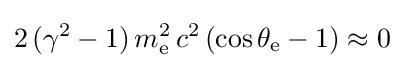
2\,(\gamma ^{2}-1)\,m_{\text{e}}^{2}\,c^{2}\,(\cos \theta _{\text{e}}-1)\approx 0